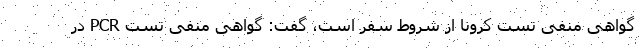
گواهی منفی تست کرونا از شروط سفر است، گفت: گواهی منفی تست PCR در